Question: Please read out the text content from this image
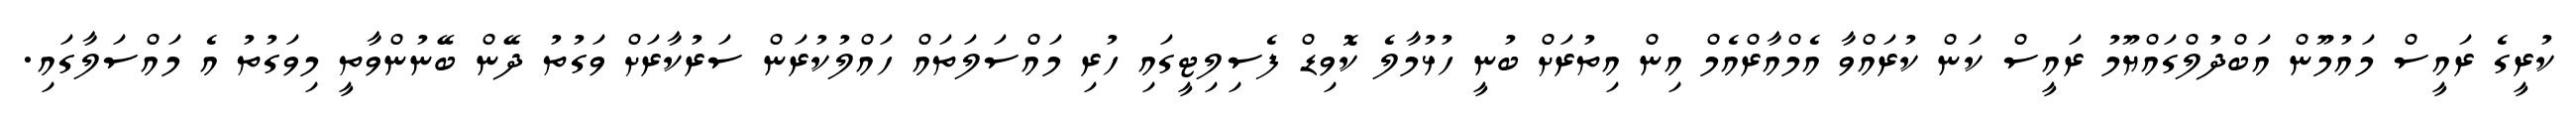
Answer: ކުރީގެ ރައީސް މައުމޫން އަބްދުލްގައްޔޫމު ރައީސް ކަން ކުރައްވާ އެމްއާރްއެމް އިން އިތުރަށް ބުނީ ހުޅުމާލެ ކޮވިޑް ފެސިލިޓީގައި ހުރި މައްސަލަތައް ހައްލުކުރަން ސަރުކާރަށް ވަގުތު ދޭން ބޭނުންވާތީ މިވަގުތު އެ މައްސަލާގައި.